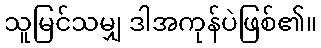
သူမြင်သမျှ ဒါအကုန်ပဲဖြစ်၏။